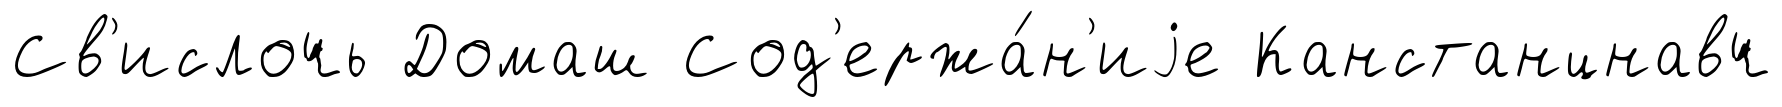
Св'ислочь Домаш Сод'ержа́н'иjе Канстанцнавч